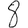
Digit: 8